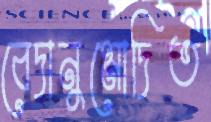
বেদানুমোদিত